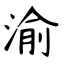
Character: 渝